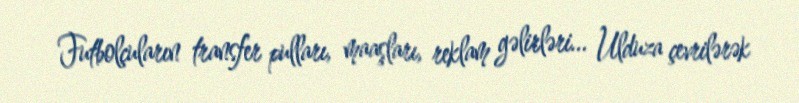
Futbolçuların transfer pulları, maaşları, reklam gəlirləri... Ulduza çevrilərək